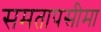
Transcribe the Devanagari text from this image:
समतापसीमा